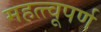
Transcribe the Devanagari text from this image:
महत्त्वूपर्ण